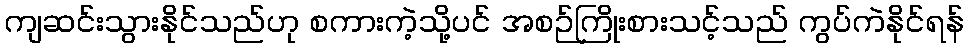
ကျဆင်းသွားနိုင်သည်ဟု စကားကဲ့သို့ပင် အစဉ်ကြိုးစားသင့်သည် ကွပ်ကဲနိုင်ရန်